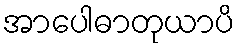
အာပေါဓာတုယာပိ